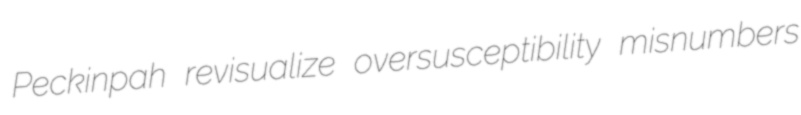
Peckinpah revisualize oversusceptibility misnumbers